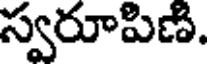
స్వరూపిణి.